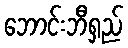
ဘောင်းဘီရှည်